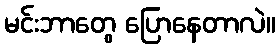
မင်းဘာတွေ ပြောနေတာလဲ။